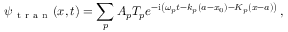
\psi _ { \mathrm { ~ t ~ r ~ a ~ n ~ } } ( x , t ) = \sum _ { p } A _ { p } T _ { p } e ^ { - \mathrm { i } \left( \omega _ { p } t - k _ { p } ( a - x _ { 0 } ) - K _ { p } ( x - a ) \right) } \, ,